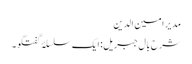
مدیر امین الدین
شرح بال جبریل: ایک سلسلۂ گفتگو ۔